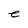
Character: e